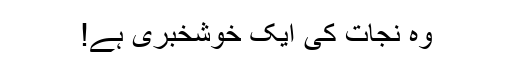
وہ نجات کی ایک خوشخبری ہے!